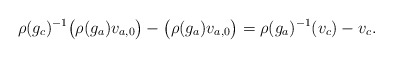
\begin{align*} \rho(g_c)^{-1}\big(\rho(g_a)v_{a,0}\big)-\big(\rho(g_a)v_{a,0}\big)=\rho(g_a)^{-1}(v_c)-v_c.\end{align*}